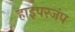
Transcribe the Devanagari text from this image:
हाइपरजंप